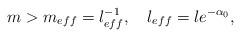
LaTeX: \begin{align*}m > m_{eff}= l^{-1}_{eff}, \quad l_{eff}= l e^{-\alpha_0},\end{align*}